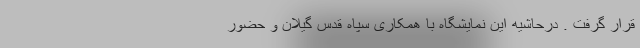
قرار گرفت . درحاشیه این نمایشگاه با همکاری سپاه قدس گیلان و حضور